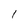
Character: 1